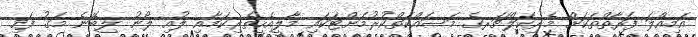
އަމިއްލަ ފަރާތްތަކަށް މެރިކަލްޗަރގެ މަސައްކަތްކުރުމަށްޓަކައި މާލީއެހީތެރިކަމާއި ލުއި ލޯނު ލިބޭނެ މަގު ފަހި